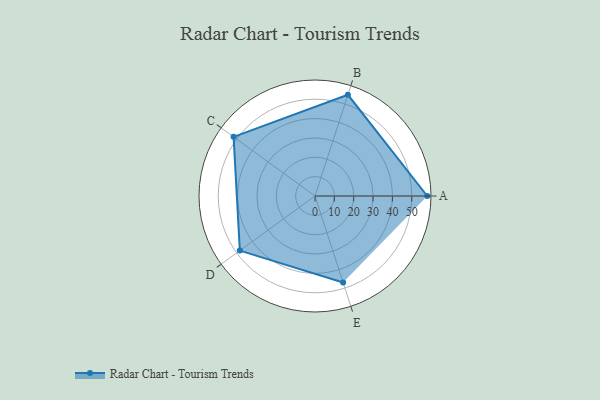
{"axis": {"x": "Skill", "y": "Score"}, "legend": ["Profile"], "data": [{"x": "A", "y": 58.0, "type": "Profile"}, {"x": "B", "y": 55.0, "type": "Profile"}, {"x": "C", "y": 52.0, "type": "Profile"}, {"x": "D", "y": 48.0, "type": "Profile"}, {"x": "E", "y": 47.0, "type": "Profile"}]}